Note on the mental hospitals in Burma - 1925-1940
Year: 1925
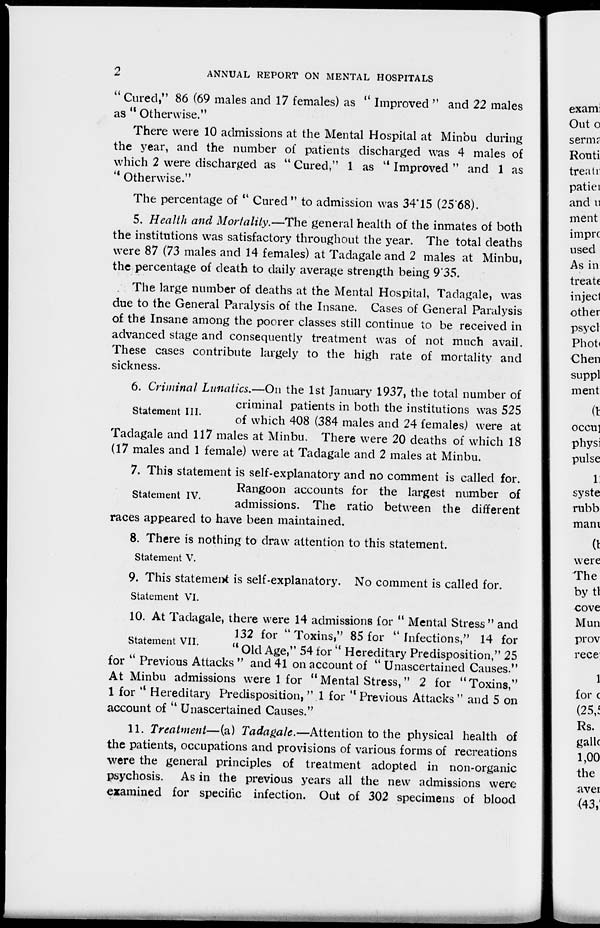
2
ANNUAL REPORT ON MENTAL HOSPITALS
" Cured," 86 (69 males and 17 females) as " Improved " and 22 males
as " Otherwise."
There were 10 admissions at the Mental Hospital at Minbu during
the year, and the number of patients discharged was 4 males of
which 2 were discharged as " Cured," 1 as " Improved " and 1 as
" Otherwise."
The percentage of " Cured " to admission was 34.15 (25.68).
5. Health and Mortality.—The general health of the inmates of both
the institutions was satisfactory throughout the year. The total deaths
were 87 (73 males and 14 females) at Tadagale and 2 males at Minbu,
the percentage of death to daily average strength being 9.35.
The large number of deaths at the Mental Hospital, Tadagale, was
due to the General Paralysis of the Insane. Cases of General Paralysis
of the Insane among the poorer classes still continue to be received in
advanced stage and consequently treatment was of not much avail.
These cases contribute largely to the high rate of mortality and
sickness.
Statement III.
6. Criminal Lunatics.—On the 1st January 1937, the total number of
criminal patients in both the institutions was 525
of which 408 (384 males and 24 females) were at
Tadagale and 117 males at Minbu. There were 20 deaths of which 18
(17 males and 1 female) were at Tadagale and 2 males at Minbu.
Statement IV.
7. This statement is self-explanatory and no comment is called for.
Rangoon accounts for the largest number of
admissions. The ratio between the different
races appeared to have been maintained.
Statement V.
8. There is nothing to draw attention to this statement.
Statement VI.
9. This statement is self-explanatory. No comment is called for.
Statement VII.
10. At Tadagale, there were 14 admissions for " Mental Stress " and
132 for "Toxins," 85 for " Infections," 14 for
" Old Age," 54 for" Hereditary Predisposition," 25
for " Previous Attacks " and 41 on account of " Unascertained Causes."
At Minbu admissions were 1 for " Mental Stress," 2 for " Toxins,"
1 for " Hereditary Predisposition, " 1 for " Previous Attacks " and 5 on
account of " Unascertained Causes."
11. Treatment—(a) Tadagale.—Attention to the physical health of
the patients, occupations and provisions of various forms of recreations
were the general principles of treatment adopted in non-organic
psychosis. As in the previous years all the new admissions were
examined for specific infection. Out of 302 specimens of blood